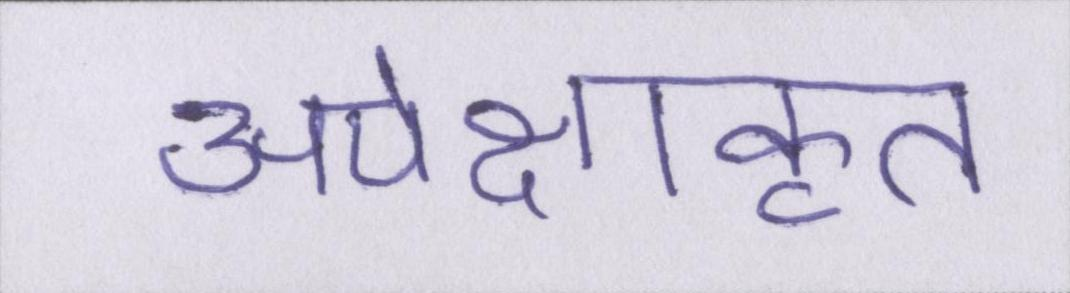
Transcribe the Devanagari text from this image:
अपेक्षाकृत